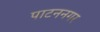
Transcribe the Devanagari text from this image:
पाटननगर